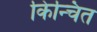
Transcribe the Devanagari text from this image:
किन्चित